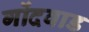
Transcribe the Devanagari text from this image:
गोंदवाड